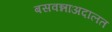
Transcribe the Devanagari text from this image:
बसवन्नाअदालत